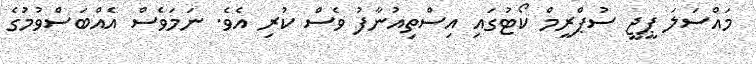
މައްސަލަ ޕީޖީ ސުޕްރީމް ކޯޓުގައި އިސްތިއުނާފު ވެސް ކުރި އެވެ. ނަމަވެސް އެއްބަސްވުމުގެ